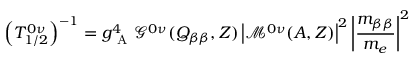
\left( T _ { 1 / 2 } ^ { 0 \nu } \right) ^ { - 1 } = g _ { \mathrm { ~ A ~ } } ^ { 4 } \mathcal { G } ^ { 0 \nu } ( Q _ { \beta \beta } , Z ) \left\vert \mathcal { M } ^ { 0 \nu } ( A , Z ) \right\vert ^ { 2 } \left\vert \frac { m _ { \beta \beta } } { m _ { e } } \right\vert ^ { 2 }